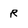
Character: R